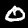
Label: 0